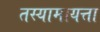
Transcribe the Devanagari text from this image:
तस्यामायत्ता